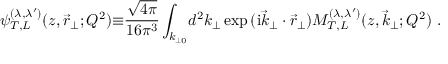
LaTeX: { \psi } _ { T , L } ^ { ( \lambda , { \lambda } ^ { \prime } ) } ( z , { \vec { r } } _ { \perp } ; Q ^ { 2 } ) { \equiv } \frac { \sqrt { 4 \pi } } { 1 6 { \pi } ^ { 3 } } \int _ { k _ { \perp 0 } } \! d ^ { 2 } { k } _ { \perp } \exp { ( \mathrm { i } { \vec { k } } _ { \perp } \cdot { \vec { r } } _ { \perp } ) } { \cal M } _ { T , L } ^ { ( \lambda , { \lambda } ^ { \prime } ) } ( z , { \vec { k } } _ { \perp } ; Q ^ { 2 } ) \ .